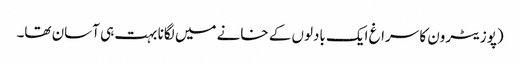
(پوزیٹرون کا سراغ ایک بادلوں کے خانے میں لگانا بہت ہی آسان تھا۔